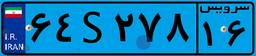
۶۶S۴۱۶۸۰